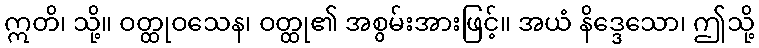
ဣတိ၊ သို့။ ဝတ္ထုဝသေန၊ ဝတ္ထု၏ အစွမ်းအားဖြင့်။ အယံ နိဒ္ဒေသော၊ ဤသို့